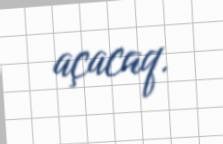
açacaq.